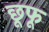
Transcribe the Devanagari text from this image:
छूफू